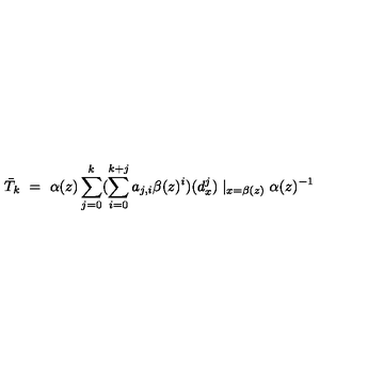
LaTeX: \bar { T } _ { k } \ = \ \alpha ( z ) \sum _ { j = 0 } ^ { k } ( \sum _ { i = 0 } ^ { k + j } a _ { j , i } \beta ( z ) ^ { i } ) ( d _ { x } ^ { j } ) \mid _ { x = \beta ( z ) } \alpha ( z ) ^ { - 1 }